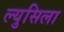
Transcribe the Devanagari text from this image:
ल्युसिला